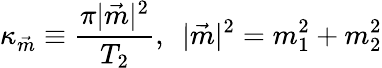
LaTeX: \kappa_{\vec{m}}\equiv\frac{\pi|{\vec{m}}|^{2}}{T_{2}},\, \, \, |{\vec{m}}|^{2}=m_{1}^{2}+m_{2}^{2}